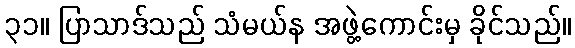
၃၁။ ပြာသာဒ်သည် သံမယ်န အဖွဲ့ကောင်းမှ ခိုင်သည်။